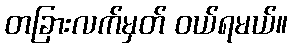
တခြားလက်မှတ် ဝယ်ရမယ်။